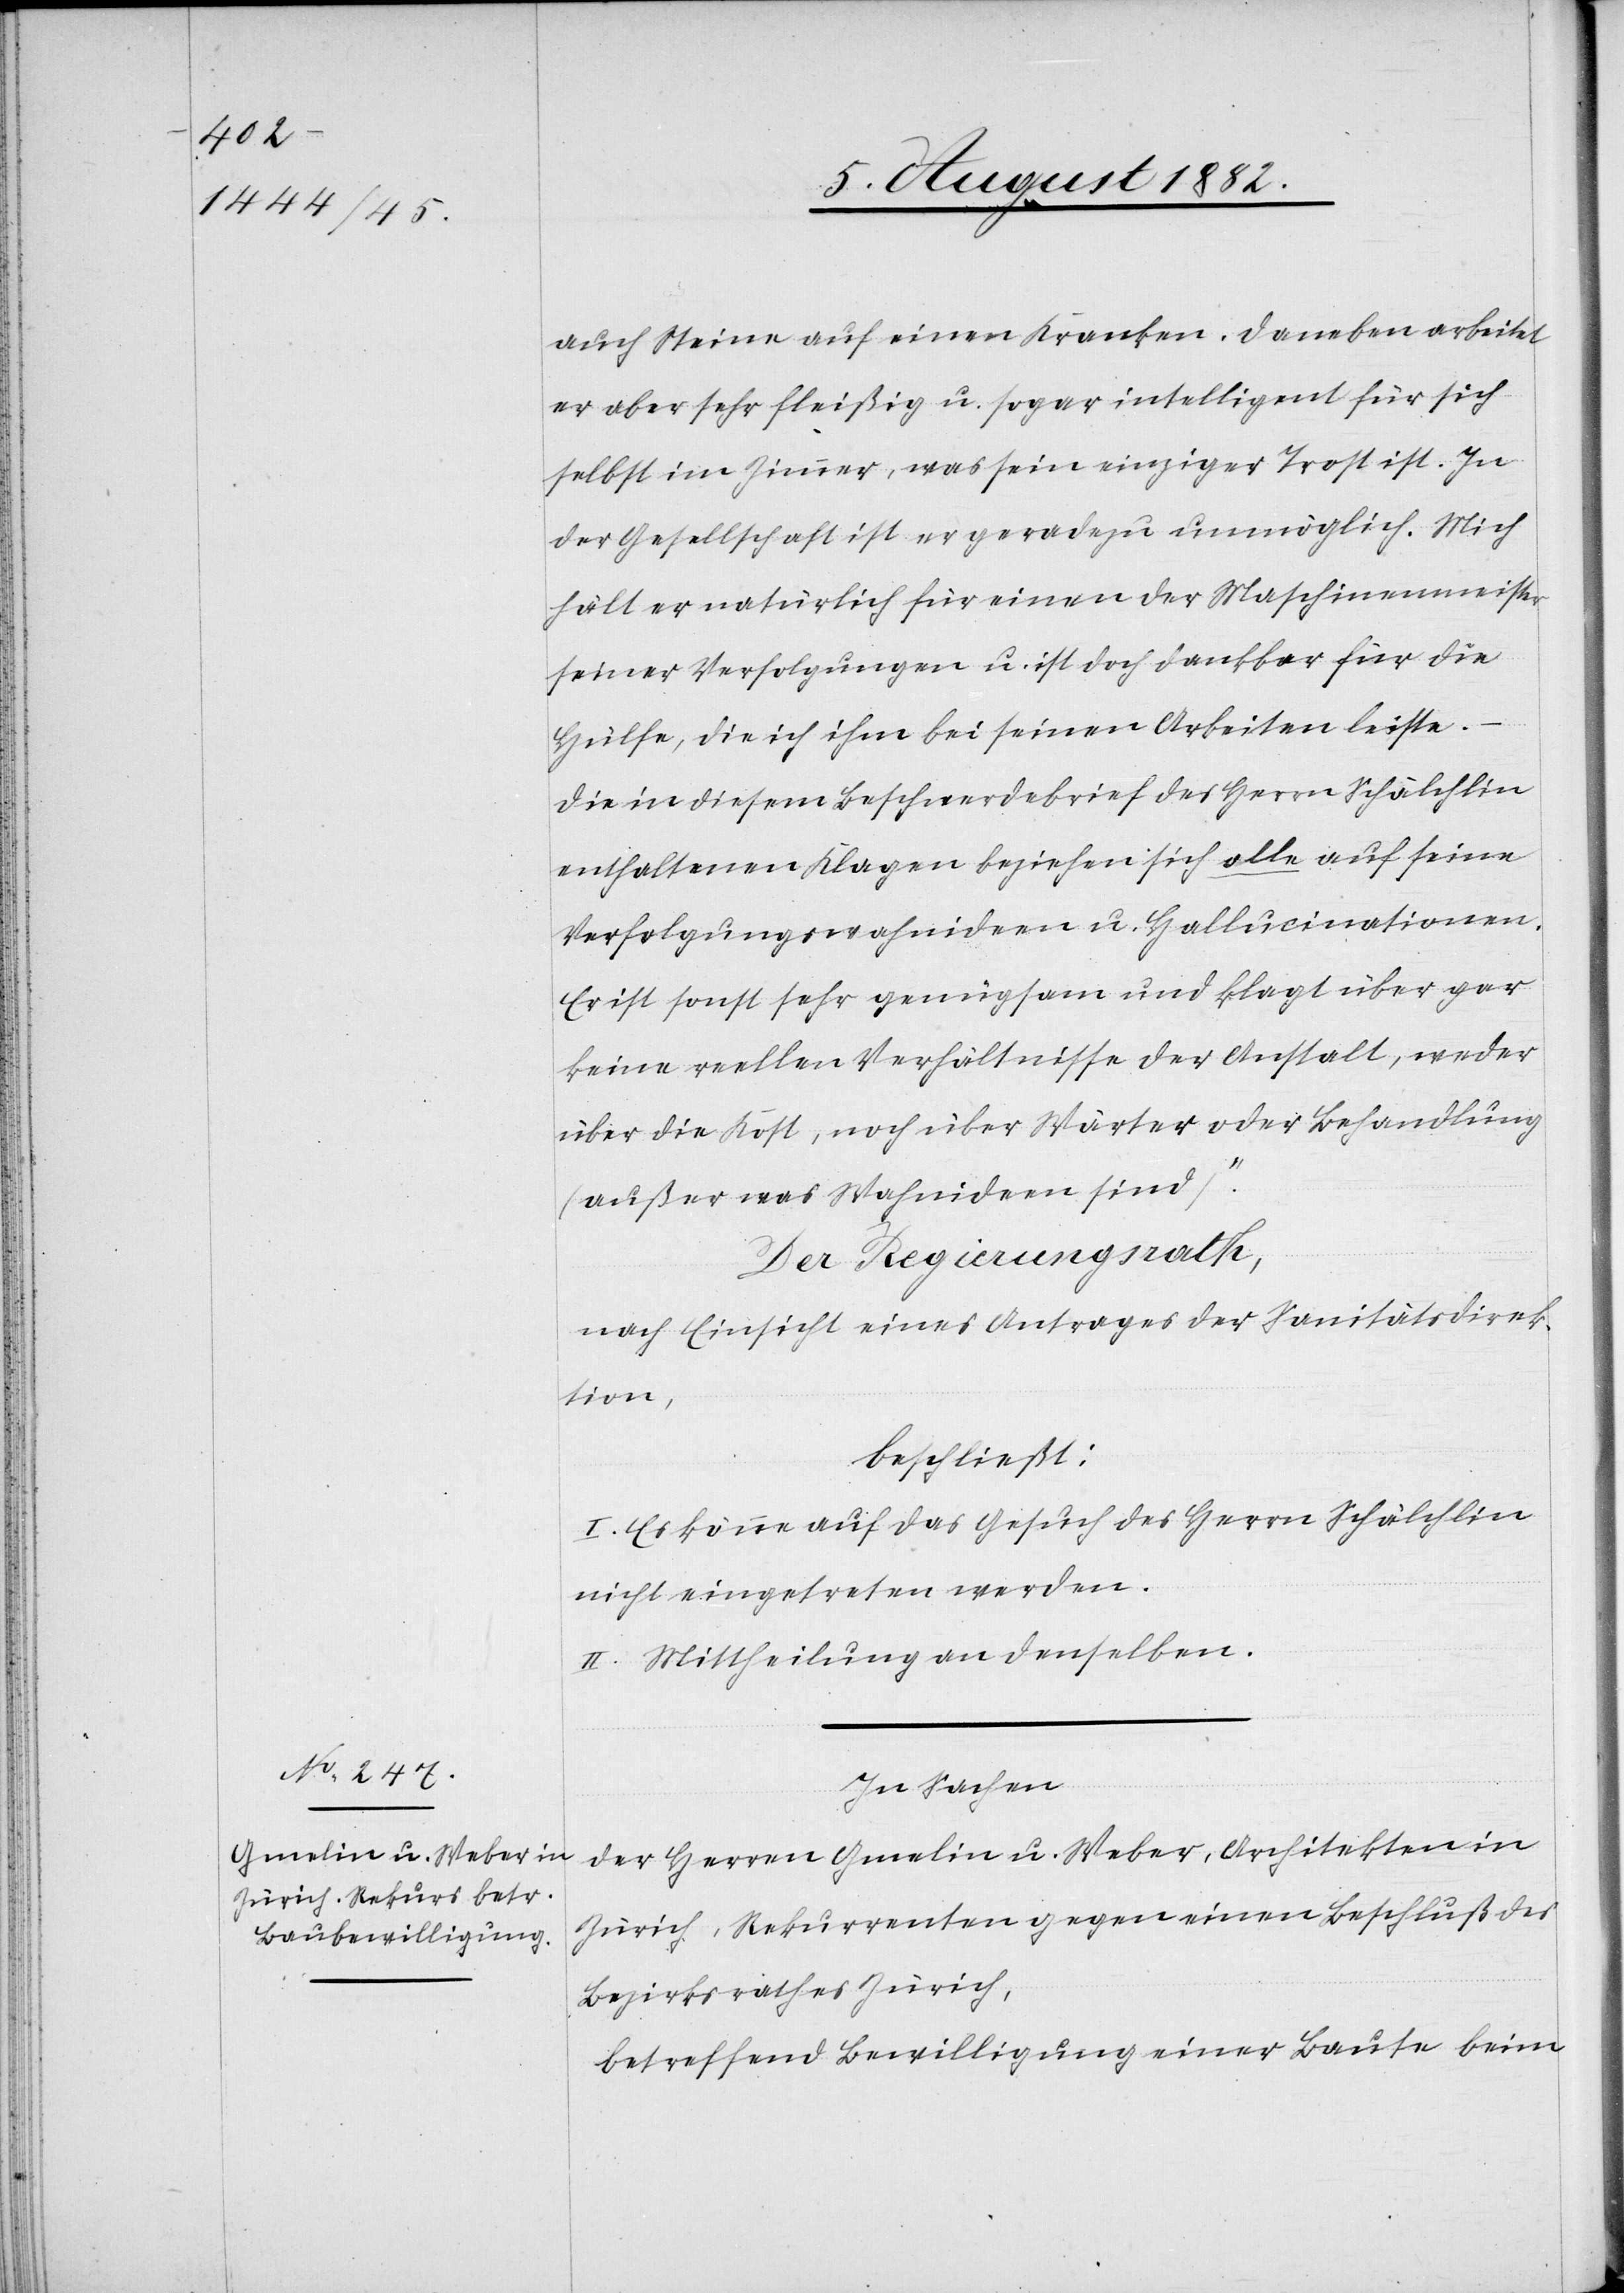
auch Steine auf einen Kranken. Daneben arbeitet
er aber sehr fleißig u. sogar intelligent für sich
selbst im Zimmer, was sein einziger Trost ist. In
der Gesellschaft ist er geradezu unmöglich. Mich
hält er natürlich für einen der Maschinenmeister
seiner Verfolgungen u. ist doch dankbar für die
Hülfe, die ich ihm bei seinen Arbeiten leiste.
Die in diesem Beschwerdebrief des Herrn Schälchlin
enthaltenen Klagen beziehen sich alle auf seine
Verfolgungswahnideen u. Hallucinationen.
Er ist sonst sehr genügsam und klagt über gar
keine reellen Verhältnisse der Anstalt, weder
über die Kost, noch über Wärter oder Behandlung
(außer was Wahnideen sind)“.
Der Regierungsrath,
nach Einsicht eines Antrages der Sanitätsdirek¬
tion,
beschließt:
I. Es könne auf das Gesuch des Herrn Schälchlin
nicht eingetreten werden.
II. Mittheilung an denselben.
In Sachen
der Herren Gmelin u. Weber, Architekten in
Zürich, Rekurrenten gegen einen Beschluß des
Bezirksrathes Zürich,
betreffend Bewilligung einer Baute beim